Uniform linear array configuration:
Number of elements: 64
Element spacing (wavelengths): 0.25
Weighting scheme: uniform
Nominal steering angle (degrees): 30
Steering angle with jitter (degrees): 29.003
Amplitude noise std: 0.05
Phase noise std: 0.05

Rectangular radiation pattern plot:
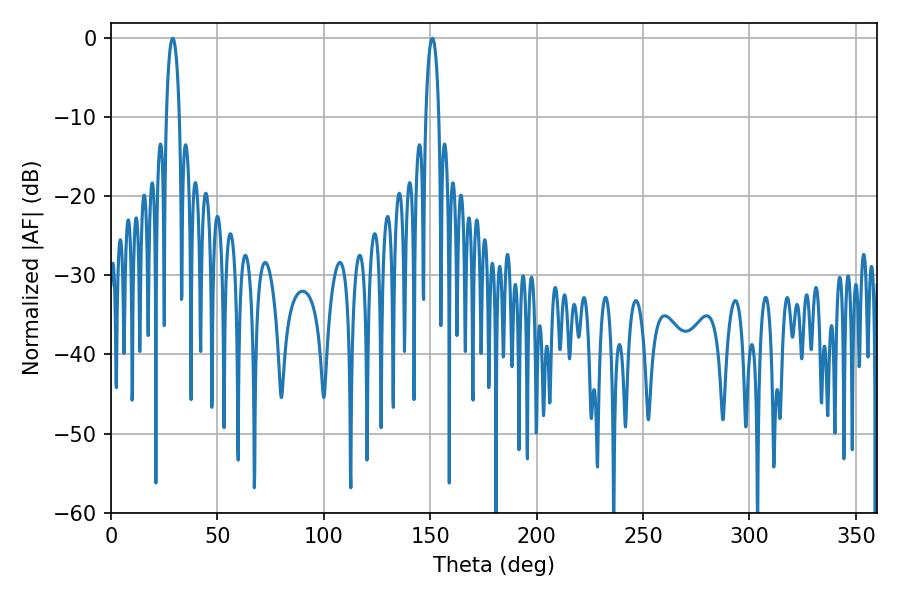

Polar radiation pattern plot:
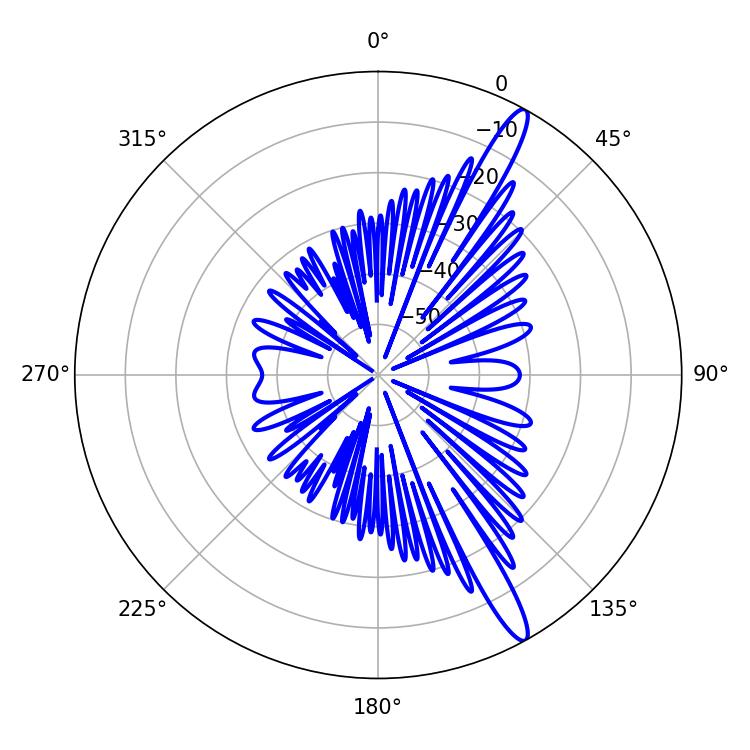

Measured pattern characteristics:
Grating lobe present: FALSE
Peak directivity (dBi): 14.618
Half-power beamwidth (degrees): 3.42
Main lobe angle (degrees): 28.98